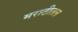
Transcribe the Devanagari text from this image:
मराठीतल